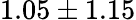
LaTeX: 1.05\pm 1.15